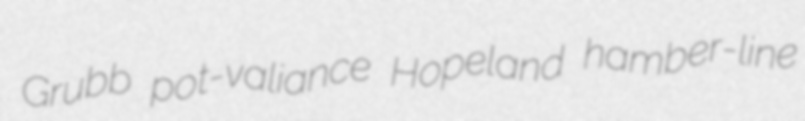
Grubb pot-valiance Hopeland hamber-line